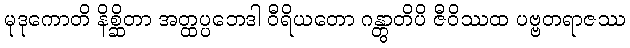
မုဒုကောတိ နိစ္ဆိတာ အတ္ထပ္ပဘေဒါ ဝီရိယတော ဂန္တွာတိပိ ဇီဝိဿထ ပဗ္ဗတရာဇဿ